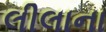
લીલાના